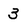
Character: 3